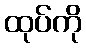
ထုပ်ကို